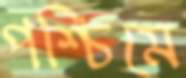
পশ্চিমে